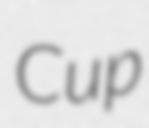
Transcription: Cup